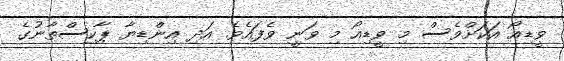
ވީޑިއޯ އަކަށްވެސް މި ވީޑިއޯ މި ވަނީ ވެފައެވެ. އަދި އިންޑިޔާ ޕާކިސްތާނުގެ